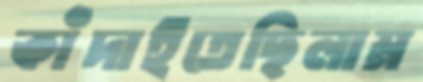
কাঁদাইতেছিলাম